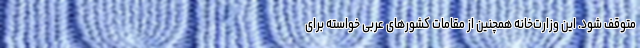
متوقف شود. این وزارت‌خانه همچنین از مقامات کشورهای عربی خواسته برای